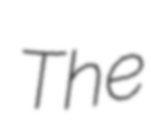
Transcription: The